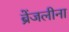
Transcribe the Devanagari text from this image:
ब्रेंजलीना